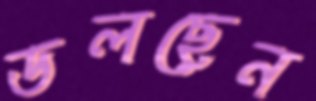
ডলছেন